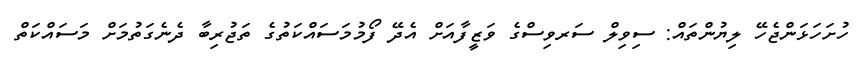
ހުށަހަޅަންޖެހޭ ލިޔުންތައް: ސިވިލް ސަރވިސްގެ ވަޒީފާއަށް އެދޭ ފޯމުމަސައްކަތުގެ ތަޖުރިބާ ދެނެގަތުމަށް މަސައްކަތް